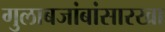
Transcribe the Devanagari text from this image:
गुलाबजांबांसारखा